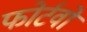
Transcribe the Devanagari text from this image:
फोर्टवो